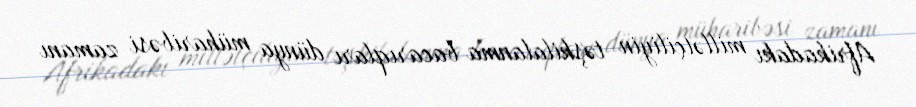
Afrikadakı millətçiliyin təşkilalanma bacarıqları dünya müharibəsi zamanı